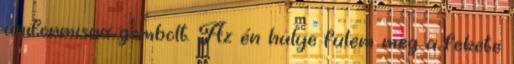
uniformisra gombolt. Az én hülye fülem meg a fekete